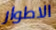
الاطوار